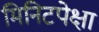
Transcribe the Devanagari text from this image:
मिनिटपेक्षा